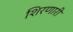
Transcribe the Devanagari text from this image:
शिरणारी